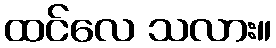
ထင်လေ သလား။